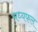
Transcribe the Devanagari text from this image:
मध्यफल